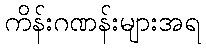
ကိန်းဂဏန်းများအရ